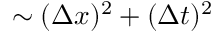
\sim ( \Delta x ) ^ { 2 } + ( \Delta t ) ^ { 2 }